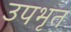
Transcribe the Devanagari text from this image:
उपभृत